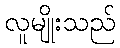
လူမျိုးသည်